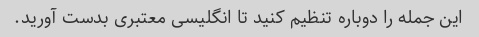
این جمله را دوباره تنظیم کنید تا انگلیسی معتبری بدست آورید.